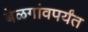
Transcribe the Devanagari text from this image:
बेळगांवपर्यंत